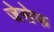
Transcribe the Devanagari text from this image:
जेसेफ